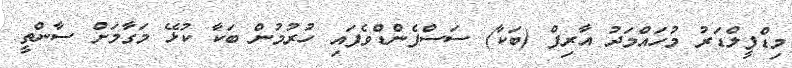
މިޑްފީލްޑަރު މުހައްމަދު އާރިފް (ބަކާ) ސަސްޕެންޑްވެފައި ހުރުމުން ބަކާ ކުޅޭ މަގާމަށް ސާންތީ